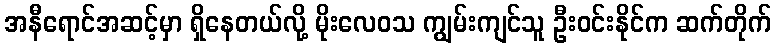
အနီရောင်အဆင့်မှာ ရှိနေတယ်လို့ မိုးလေဝသ ကျွမ်းကျင်သူ ဦးဝင်းနိုင်က ဆက်တိုက်